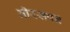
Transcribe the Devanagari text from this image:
नीरसपन